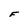
Character: F